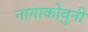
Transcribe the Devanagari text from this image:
नागाकोवुनी